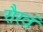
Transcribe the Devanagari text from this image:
रौरवं